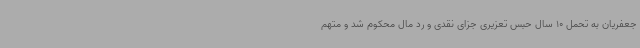
جعفریان به تحمل 10 سال حبس تعزیری جزای نقدی و رد مال محکوم شد و متهم